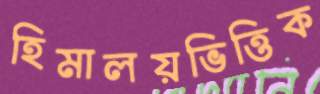
হিমালয়ভিত্তিক